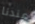
عندنا